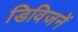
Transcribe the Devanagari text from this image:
डिविजनें